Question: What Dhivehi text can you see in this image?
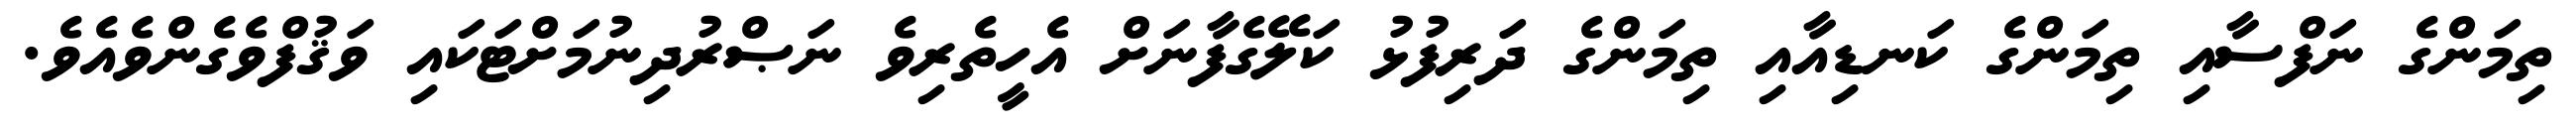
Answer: ތިމަންގެ ނަފްސާއި ތިމަންގެ ކަނޑިއާއި ތިމަންގެ ދަރިފުޅު ކަލޭގެފާނަށް އެހީތެރިވެ ނަޞްރުދިނުމަށްޓަކައި ވަޤުފްވެގެންވެއެވެ.